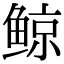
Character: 鲸